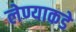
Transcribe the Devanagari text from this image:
लेण्याकडे